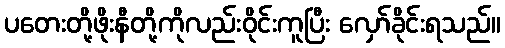
ပတေးတို့ဖိုးနီတို့ကိုလည်းဝိုင်းကူပြီး လှော်ခိုင်းရသည်။